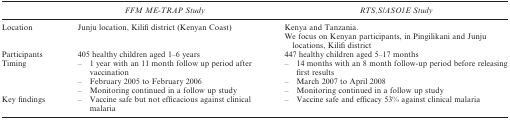
|  | FFM ME-TRAP Study | RTS,S/ASO1E Study |
 | --- | --- | --- |
 | Location | Junju location, Kilifi district (Kenyan Coast) | Kenya and Tanzania. |
 |  |  | We focus on Kenyan participants, in Pingilikani and Junju locations, Kilifi district |
 | Participants | 405 healthy children aged 1–6 years | 447 healthy children aged 5–17 months |
 | Timing | – 1 year with an 11 month follow up period after vaccination | – 14 months with an 8 month follow-up period before releasing first results |
 |  | – February 2005 to February 2006 | – March 2007 to April 2008 |
 |  | – Monitoring continued in a follow up study | – Monitoring continued in a follow up study |
 | Key findings | – Vaccine safe but not efficacious against clinical malaria | – Vaccine safe and efficacy 53% against clinical malaria |